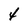
Character: 4